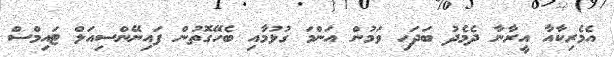
އެމެރިކާއާ އީރާނާ ދެމެދު ބަދަހި ވަމުން އަންމަ ގުޅުމާއި ބެހޭގޮތުން ފައިނޭންސިއަލް ޓައިމްސް